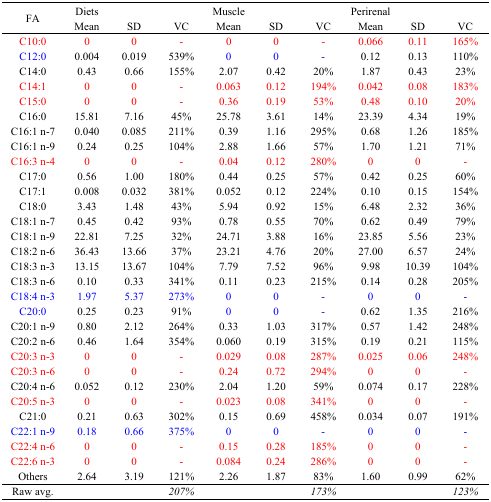
<table><thead><tr><td rowspan="2"><b>FA</b></td><td><b>Diets</b></td><td></td><td></td><td><b>Muscle</b></td><td></td><td></td><td><b>Perirenal</b></td><td></td><td></td></tr><tr><td><b>Mean</b></td><td><b>SD</b></td><td><b>VC</b></td><td><b>Mean</b></td><td><b>SD</b></td><td><b>VC</b></td><td><b>Mean</b></td><td><b>SD</b></td><td><b>VC</b></td></tr></thead><tbody><tr><td>C10:0</td><td>0</td><td>0</td><td>-</td><td>0</td><td>0</td><td>-</td><td>0.066</td><td>0.11</td><td>165%</td></tr><tr><td>C12:0</td><td>0.004</td><td>0.019</td><td>539%</td><td>0</td><td>0</td><td>-</td><td>0.12</td><td>0.13</td><td>110%</td></tr><tr><td>C14:0</td><td>0.43</td><td>0.66</td><td>155%</td><td>2.07</td><td>0.42</td><td>20%</td><td>1.87</td><td>0.43</td><td>23%</td></tr><tr><td>C14:1</td><td>0</td><td>0</td><td>-</td><td>0.063</td><td>0.12</td><td>194%</td><td>0.042</td><td>0.08</td><td>183%</td></tr><tr><td>C15:0</td><td>0</td><td>0</td><td>-</td><td>0.36</td><td>0.19</td><td>53%</td><td>0.48</td><td>0.10</td><td>20%</td></tr><tr><td>C16:0</td><td>15.81</td><td>7.16</td><td>45%</td><td>25.78</td><td>3.61</td><td>14%</td><td>23.39</td><td>4.34</td><td>19%</td></tr><tr><td>C16:1 n-7</td><td>0.040</td><td>0.085</td><td>211%</td><td>0.39</td><td>1.16</td><td>295%</td><td>0.68</td><td>1.26</td><td>185%</td></tr><tr><td>C16:1 n-9</td><td>0.24</td><td>0.25</td><td>104%</td><td>2.88</td><td>1.66</td><td>57%</td><td>1.70</td><td>1.21</td><td>71%</td></tr><tr><td>C16:3 n-4</td><td>0</td><td>0</td><td>-</td><td>0.04</td><td>0.12</td><td>280%</td><td>0</td><td>0</td><td>-</td></tr><tr><td>C17:0</td><td>0.56</td><td>1.00</td><td>180%</td><td>0.44</td><td>0.25</td><td>57%</td><td>0.42</td><td>0.25</td><td>60%</td></tr><tr><td>C17:1</td><td>0.008</td><td>0.032</td><td>381%</td><td>0.052</td><td>0.12</td><td>224%</td><td>0.10</td><td>0.15</td><td>154%</td></tr><tr><td>C18:0</td><td>3.43</td><td>1.48</td><td>43%</td><td>5.94</td><td>0.92</td><td>15%</td><td>6.48</td><td>2.32</td><td>36%</td></tr><tr><td>C18:1 n-7</td><td>0.45</td><td>0.42</td><td>93%</td><td>0.78</td><td>0.55</td><td>70%</td><td>0.62</td><td>0.49</td><td>79%</td></tr><tr><td>C18:1 n-9</td><td>22.81</td><td>7.25</td><td>32%</td><td>24.71</td><td>3.88</td><td>16%</td><td>23.85</td><td>5.56</td><td>23%</td></tr><tr><td>C18:2 n-6</td><td>36.43</td><td>13.66</td><td>37%</td><td>23.21</td><td>4.76</td><td>20%</td><td>27.00</td><td>6.57</td><td>24%</td></tr><tr><td>C18:3 n-3</td><td>13.15</td><td>13.67</td><td>104%</td><td>7.79</td><td>7.52</td><td>96%</td><td>9.98</td><td>10.39</td><td>104%</td></tr><tr><td>C18:3 n-6</td><td>0.10</td><td>0.33</td><td>341%</td><td>0.11</td><td>0.23</td><td>215%</td><td>0.14</td><td>0.28</td><td>205%</td></tr><tr><td>C18:4 n-3</td><td>1.97</td><td>5.37</td><td>273%</td><td>0</td><td>0</td><td>-</td><td>0</td><td>0</td><td>-</td></tr><tr><td>C20:0</td><td>0.25</td><td>0.23</td><td>91%</td><td>0</td><td>0</td><td>-</td><td>0.62</td><td>1.35</td><td>216%</td></tr><tr><td>C20:1 n-9</td><td>0.80</td><td>2.12</td><td>264%</td><td>0.33</td><td>1.03</td><td>317%</td><td>0.57</td><td>1.42</td><td>248%</td></tr><tr><td>C20:2 n-6</td><td>0.46</td><td>1.64</td><td>354%</td><td>0.060</td><td>0.19</td><td>315%</td><td>0.19</td><td>0.21</td><td>115%</td></tr><tr><td>C20:3 n-3</td><td>0</td><td>0</td><td>-</td><td>0.029</td><td>0.08</td><td>287%</td><td>0.025</td><td>0.06</td><td>248%</td></tr><tr><td>C20:3 n-6</td><td>0</td><td>0</td><td>-</td><td>0.24</td><td>0.72</td><td>294%</td><td>0</td><td>0</td><td>-</td></tr><tr><td>C20:4 n-6</td><td>0.052</td><td>0.12</td><td>230%</td><td>2.04</td><td>1.20</td><td>59%</td><td>0.074</td><td>0.17</td><td>228%</td></tr><tr><td>C20:5 n-3</td><td>0</td><td>0</td><td>-</td><td>0.023</td><td>0.08</td><td>341%</td><td>0</td><td>0</td><td>-</td></tr><tr><td>C21:0</td><td>0.21</td><td>0.63</td><td>302%</td><td>0.15</td><td>0.69</td><td>458%</td><td>0.034</td><td>0.07</td><td>191%</td></tr><tr><td>C22:1 n-9</td><td>0.18</td><td>0.66</td><td>375%</td><td>0</td><td>0</td><td>-</td><td>0</td><td>0</td><td>-</td></tr><tr><td>C22:4 n-6</td><td>0</td><td>0</td><td>-</td><td>0.15</td><td>0.28</td><td>185%</td><td>0</td><td>0</td><td>-</td></tr><tr><td>C22:6 n-3</td><td>0</td><td>0</td><td>-</td><td>0.084</td><td>0.24</td><td>286%</td><td>0</td><td>0</td><td>-</td></tr><tr><td>Others</td><td>2.64</td><td>3.19</td><td>121%</td><td>2.26</td><td>1.87</td><td>83%</td><td>1.60</td><td>0.99</td><td>62%</td></tr><tr><td>Raw avg.</td><td></td><td></td><td><i>207%</i></td><td></td><td></td><td><i>173%</i></td><td></td><td></td><td><i>123%</i></td></tr></tbody></table>